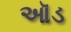
ઑડ